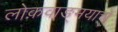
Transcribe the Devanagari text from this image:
लोकवाङ्मयाचे